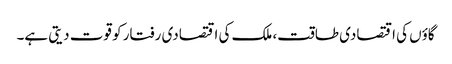
گاؤں کی اقتصادی طاقت، ملک کی اقتصادی رفتار کو قوت دیتی ہے۔